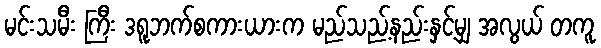
မင်းသမီး ကြီး ဒရူဘက်စကားယားက မည်သည့်နည်းနှင့်မျှ အလွယ် တကူ